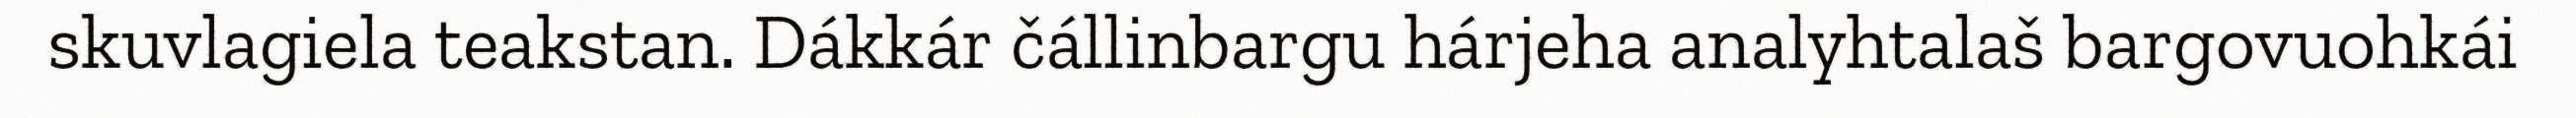
skuvlagiela teakstan. Dákkár čállinbargu hárjeha analyhtalaš bargovuohkái